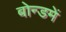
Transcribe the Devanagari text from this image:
बोन्डमें